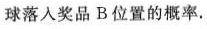
球落入奖品B位置的概率.